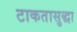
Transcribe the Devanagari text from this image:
टाकतासुद्धा